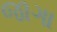
જાગા